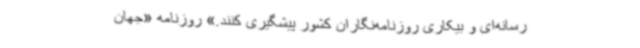
رسانه‌ای و بیکاری روزنامه‌نگاران کشور پیشگیری کنند.» روزنامه «جهان